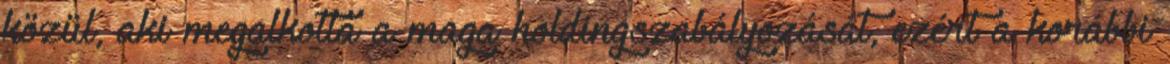
közül, aki megalkotta a maga holdingszabályozását, ezért a korábbi